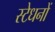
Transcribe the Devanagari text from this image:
स्टेधनों